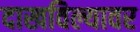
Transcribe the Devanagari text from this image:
दाखविल्यावर